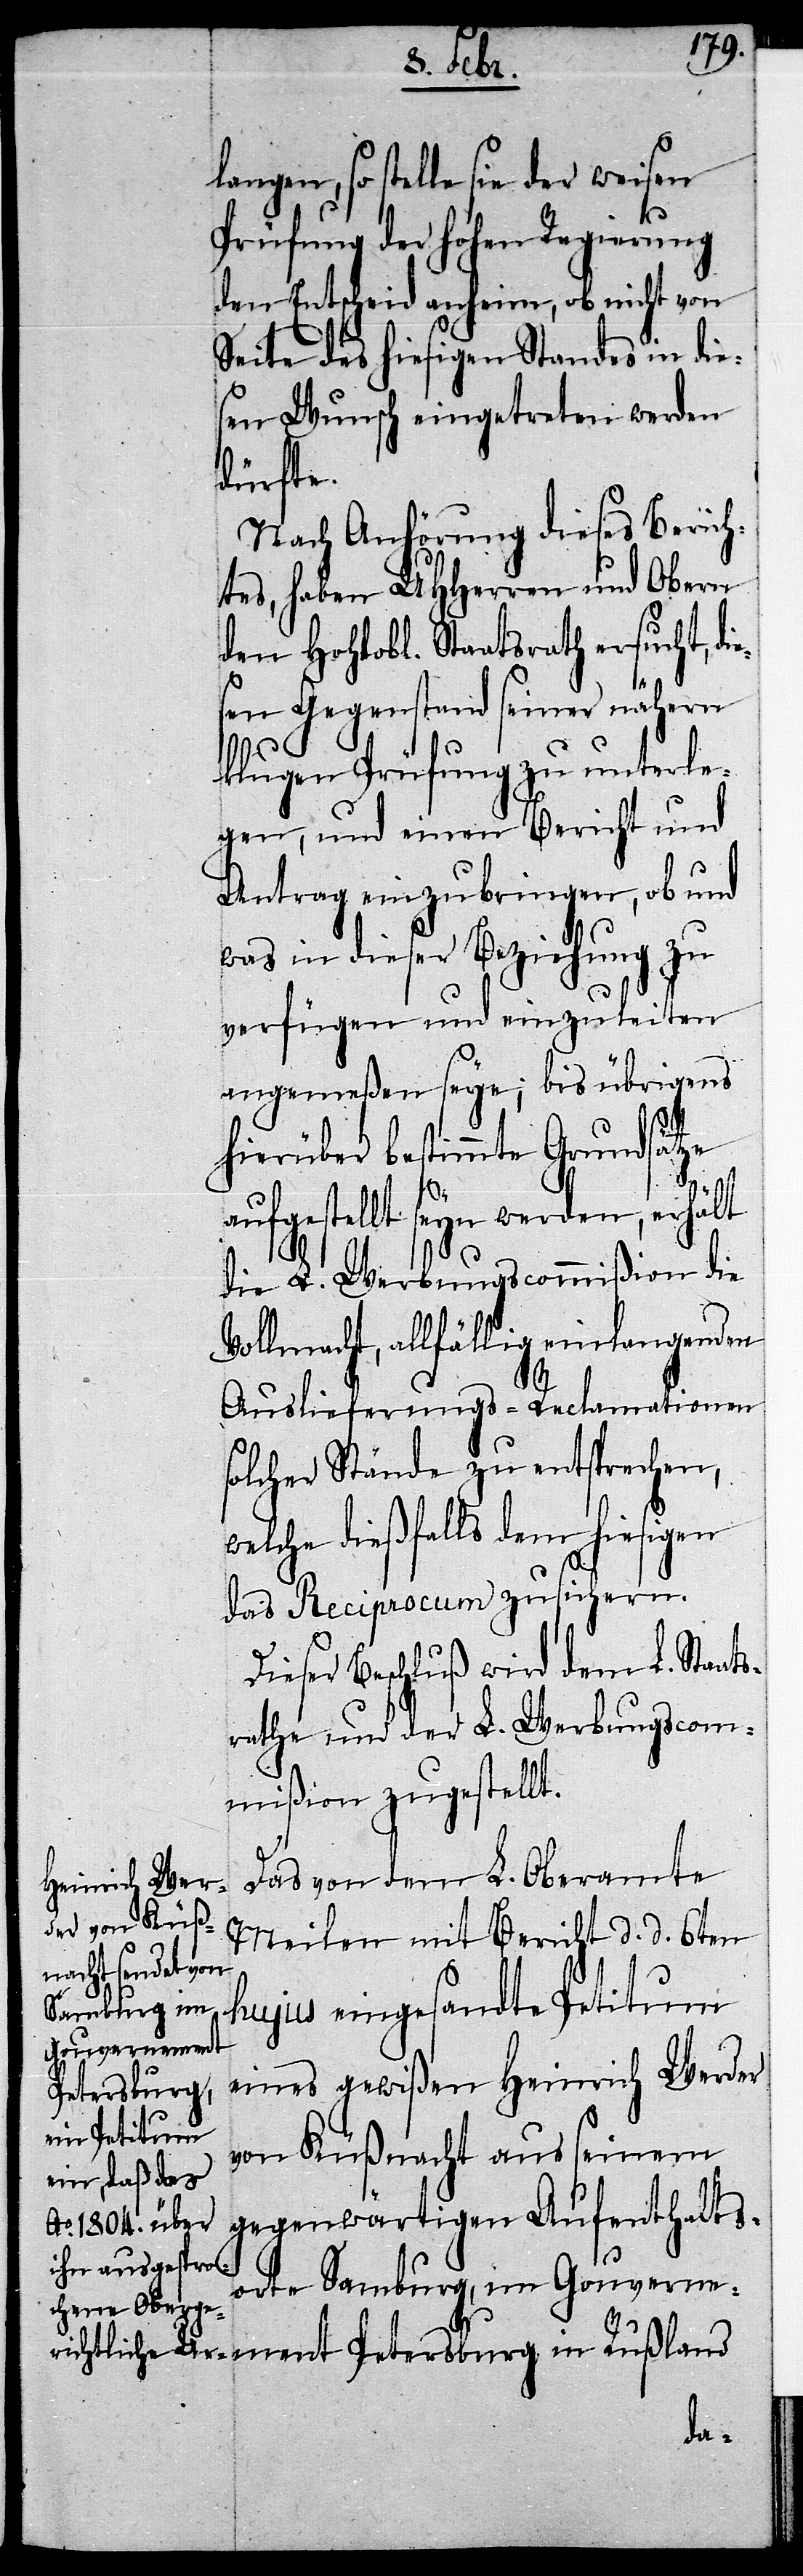
langen, so stelle sie der weisen
Prüfung der hohen Regierung
den Entscheid anheim, ob nicht von
Seite des hiesigen Standes in die¬
sen Wunsch eingetreten werden
dürfte.
Nach Anhörung dieses Berich¬
tes, haben UHHerren und Obern
den Hohlobl. Staatsrath ersucht, di¬
esen Gegenstand seiner nähern
klugen Prüfung zu unterle¬
gen, und einen Bericht und
Antrag einzubringen, ob und
was in dieser Beziehung zu
verfügen und einzuleiten
angemeßen seye; bis übrigens
hierüber bestimmte Grundsätze
aufgestellt seyn werden, erhält
die L. Werbungscommißion die
Vollmacht, allfällig einlangenden
ment
Auslieferungs-Reclamationen
solcher Stände zu entsprechen,
welche dießfalls dem hiesigen
das Reciprocum zusichern.
Dieser Beschluß wird dem L. Staats¬
rathe und der L. Werbungscom¬
mißion zugestellt.
Das von dem L. Oberamte
Meilen mit Bericht d. d. 6ten
hujus eingesandte Petitum
eines gewißen Heinrich Werder
Petersburg
von Küßnacht aus seinem
gegenwärtigen Aufenthalts¬
orte Samburg, im Gouverne¬